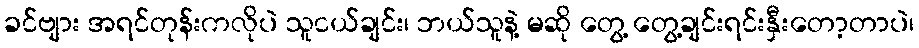
ခင်ဗျား အရင်တုန်းကလိုပဲ သူငယ်ချင်း၊ ဘယ်သူနဲ့ မဆို တွေ့ တွေ့ချင်းရင်းနှီးတော့တာပဲ၊